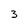
Character: 3